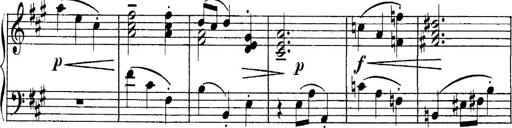
Title: 4 Sonatines
Composer: Max Reger